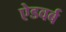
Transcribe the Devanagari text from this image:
ऐडवर्ब